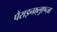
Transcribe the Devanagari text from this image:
पैराइन्फ़्लुएन्ज़ा